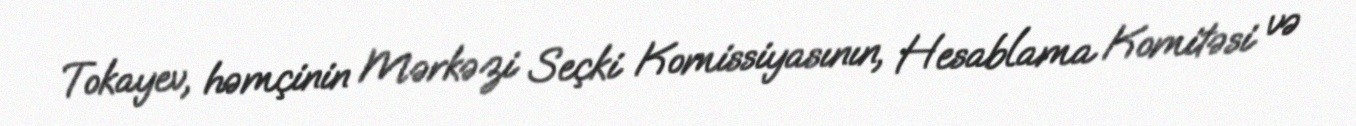
Tokayev, həmçinin Mərkəzi Seçki Komissiyasının, Hesablama Komitəsi və